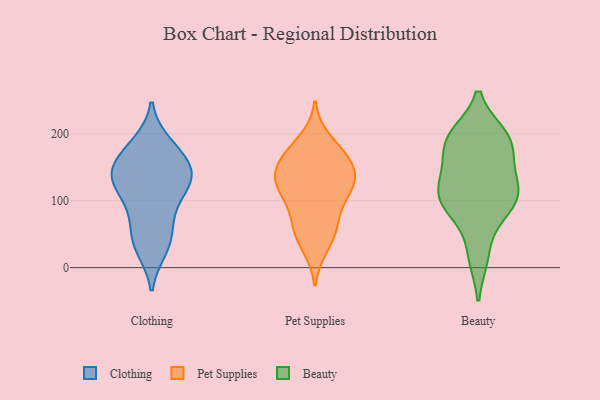
{"axis": {"x": "Backlog", "y": "Value"}, "legend": ["Beauty", "Clothing", "Pet Supplies"], "data": [{"x": "", "y": 27, "type": "Clothing"}, {"x": "", "y": 112, "type": "Clothing"}, {"x": "", "y": 55, "type": "Clothing"}, {"x": "", "y": 166, "type": "Clothing"}, {"x": "", "y": 129, "type": "Clothing"}, {"x": "", "y": 80, "type": "Clothing"}, {"x": "", "y": 138, "type": "Clothing"}, {"x": "", "y": 186, "type": "Clothing"}, {"x": "", "y": 159, "type": "Clothing"}, {"x": "", "y": 150, "type": "Clothing"}, {"x": "", "y": 129, "type": "Clothing"}, {"x": "", "y": 85, "type": "Clothing"}, {"x": "", "y": 185, "type": "Clothing"}, {"x": "", "y": 29, "type": "Clothing"}, {"x": "", "y": 128, "type": "Clothing"}, {"x": "", "y": 153, "type": "Clothing"}, {"x": "", "y": 43, "type": "Clothing"}, {"x": "", "y": 123, "type": "Clothing"}, {"x": "", "y": 132, "type": "Pet Supplies"}, {"x": "", "y": 129, "type": "Pet Supplies"}, {"x": "", "y": 68, "type": "Pet Supplies"}, {"x": "", "y": 160, "type": "Pet Supplies"}, {"x": "", "y": 149, "type": "Pet Supplies"}, {"x": "", "y": 119, "type": "Pet Supplies"}, {"x": "", "y": 42, "type": "Pet Supplies"}, {"x": "", "y": 169, "type": "Pet Supplies"}, {"x": "", "y": 154, "type": "Pet Supplies"}, {"x": "", "y": 108, "type": "Pet Supplies"}, {"x": "", "y": 173, "type": "Pet Supplies"}, {"x": "", "y": 191, "type": "Pet Supplies"}, {"x": "", "y": 31, "type": "Pet Supplies"}, {"x": "", "y": 120, "type": "Pet Supplies"}, {"x": "", "y": 77, "type": "Pet Supplies"}, {"x": "", "y": 61, "type": "Pet Supplies"}, {"x": "", "y": 121, "type": "Pet Supplies"}, {"x": "", "y": 185, "type": "Beauty"}, {"x": "", "y": 195, "type": "Beauty"}, {"x": "", "y": 127, "type": "Beauty"}, {"x": "", "y": 197, "type": "Beauty"}, {"x": "", "y": 88, "type": "Beauty"}, {"x": "", "y": 89, "type": "Beauty"}, {"x": "", "y": 158, "type": "Beauty"}, {"x": "", "y": 195, "type": "Beauty"}, {"x": "", "y": 186, "type": "Beauty"}, {"x": "", "y": 107, "type": "Beauty"}, {"x": "", "y": 96, "type": "Beauty"}, {"x": "", "y": 17, "type": "Beauty"}, {"x": "", "y": 105, "type": "Beauty"}, {"x": "", "y": 118, "type": "Beauty"}, {"x": "", "y": 129, "type": "Beauty"}, {"x": "", "y": 193, "type": "Beauty"}, {"x": "", "y": 19, "type": "Beauty"}, {"x": "", "y": 146, "type": "Beauty"}, {"x": "", "y": 90, "type": "Beauty"}]}